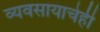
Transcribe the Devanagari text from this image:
व्यवसायाचेही